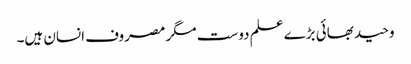
وحید بھائی بڑے علم دوست مگر مصروف انسان ہیں۔